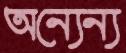
অন্যেন্য